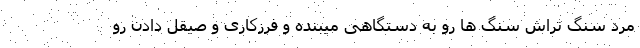
مرد سنگ تراش سنگ ها رو به دستگاهی میبنده و فرزکاری و صیقل دادن رو